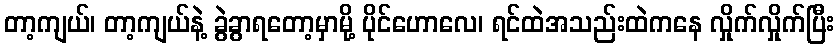
တာ့ကျယ်၊ တာ့ကျယ်နဲ့ ခွဲခွာရတော့မှာမို့ ပိုင်ဟောလေ၊ ရင်ထဲအသည်းထဲကနေ လှိုက်လှိုက်ပြီး